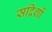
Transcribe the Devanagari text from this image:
सद्रिशों